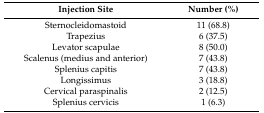
<table><thead><tr><td><b>Injection Site</b></td><td><b>Number (%)</b></td></tr></thead><tbody><tr><td>Sternocleidomastoid</td><td>11 (68.8)</td></tr><tr><td>Trapezius</td><td>6 (37.5)</td></tr><tr><td>Levator scapulae</td><td>8 (50.0)</td></tr><tr><td>Scalenus (medius and anterior)</td><td>7 (43.8)</td></tr><tr><td>Splenius capitis</td><td>7 (43.8)</td></tr><tr><td>Longissimus</td><td>3 (18.8)</td></tr><tr><td>Cervical paraspinalis</td><td>2 (12.5)</td></tr><tr><td>Splenius cervicis</td><td>1 (6.3)</td></tr></tbody></table>